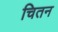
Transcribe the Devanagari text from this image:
चितन